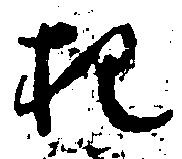
把